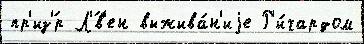
пр'из'́р Л'́в'ен выжива́н'иjе Р'и́чардом